Annual administration report of the Civil Veterinary Department of India - 1893-1894
Year: 1893
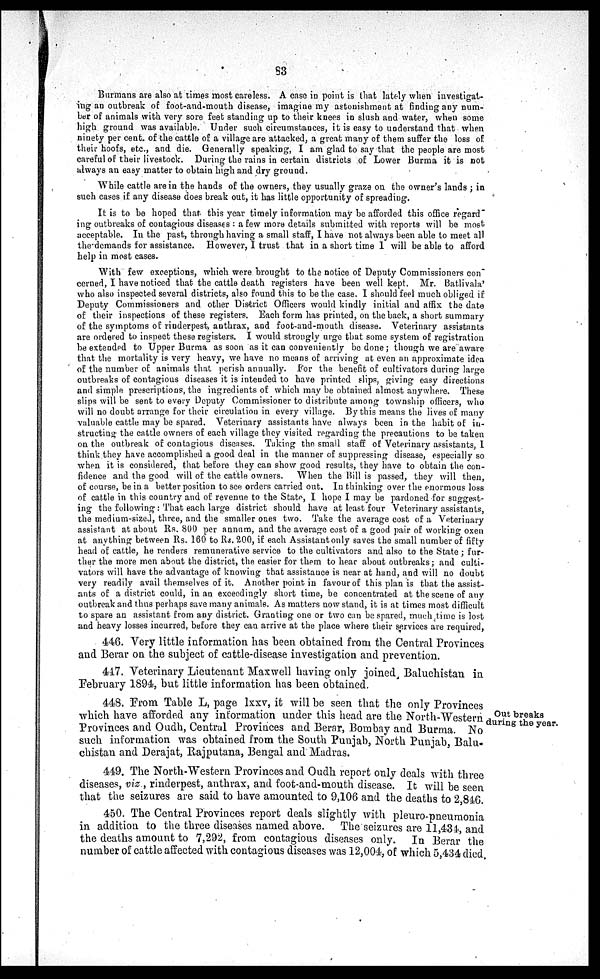
83
Burmans are also at times most careless. A case in point is that lately when investigat-
ing an outbreak of foot-and-mouth disease, imagine my astonishment at finding any num-
ber of animals with very sore feet standing up to their knees in slush and water, when some
high ground was available. Under such circumstances, it is easy to understand that when
ninety per cent. of the cattle of a village are attacked, a great many of them suffer the loss of
their hoofs, etc., and die. Generally speaking, I am glad to say that the people are most
careful of their livestock. During the rains in certain districts of Lower Burma it is not
always an easy matter to obtain high and dry ground.
While cattle are in the hands of the owners, they usually graze on the owner's lands ; in
such cases if any disease does break out, it has little opportunity of spreading.
It is to be hoped that this year timely information may be afforded this office regard
ing outbreaks of contagious diseases : a few more details submitted with reports will be most
acceptable. In the past, through having a small staff, I have not always been able to meet all
the demands for assistance. However, I trust that in a short time I will be able to afford
help in most cases.
With few exceptions, which were brought to the notice of Deputy Commissioners con"
cerned, I have noticed that the cattle death registers have been well kept. Mr. Batlivala'
who also inspected several districts, also found this to be the case. I should feel much obliged if
Deputy Commissioners and other District Officers would kindly initial and affix the date
of their inspections of these registers. Each form has printed, on the back, a short summary
of the symptoms of rinderpest, anthrax, and foot-and-mouth disease. Veterinary assistants
are ordered to inspect these registers. I would strongly urge that some system of registration
be extended to Upper Burma as soon as it can conveniently be done ; though we are aware
that the mortality is very heavy, we have no means of arriving at even an approximate idea
of the number of animals that perish annually. For the benefit of cultivators during large
outbreaks of contagious diseases it is intended to have printed slips, giving easy directions
and simple prescriptions, the ingredients of which may be obtained almost anywhere. These
slips will be sent to every Deputy Commissioner to distribute among township officers, who
will no doubt arrange for their circulation in every village. By this means the lives of many
valuable cattle may be spared. Veterinary assistants have always been in the habit of in-
structing the cattle owners of each village they visited regarding the precautions to be taken
on the outbreak of contagious diseases. Taking the small staff of Veterinary assistants, I
think they have accomplished a good deal in the manner of suppressing disease, especially so
when it is considered, that before they can show good results, they have to obtain the con-
fidence and the good will of the cattle owners. When the Bill is passed, they will then,
of course, be in a better position to see orders carried out. In thinking over the enormous loss
of cattle in this country and of revenue to the State, I hope I may be pardoned for suggest-
ing the following : That each large district should have at least four Veterinary assistants,
the medium-sized, three, and the smaller ones two. Take the average cost of a Veterinary
assistant at about Rs. 800 per annum, and the average cost of a good pair of working oxen
at anything between Rs. 160 to Rs. 200, if each Assistant only saves the small number of fifty
head of cattle, he renders remunerative service to the cultivators and also to the State ; fur-
ther the more men about the district, the easier for them to hear about outbreaks; and culti-
vators will have the advantage of knowing that assistance is near at hand, and will no doubt
very readily avail themselves of it. Another point in favour of this plan is that the assist-
ants of a district could, in an exceedingly short time, be concentrated at the scene of any
outbreak and thus perhaps save many animals. As matters now stand, it is at times most difficult
to spare an assistant from any district. Granting one or two can be spared, much time is lost
and heavy losses incurred, before they can arrive at the place where their services are required,
446. Very little information has been obtained from the Central Provinces
and Berar on the subject of cattle-disease investigation and prevention.
447. Veterinary Lieutenant Maxwell having only joined Baluchistan in
February 1894, but little information has been obtained.
Out breaks
during the year.
448. From Table L, page lxxv, it will be seen that the only Provinces
which have afforded any information under this head are the North-Western
Provinces and Oudh, Central Provinces and Berar, Bombay and Burma. No
such information was obtained from the South Punjab, North Punjab, Balu-
chistan and Derajat, Rajputana, Bengal and Madras.
449. The North-Western Provinces and Oudh report only deals with three
diseases, viz , rinderpest, anthrax, and foot-and-mouth disease. It will be seen
that the seizures are said to have amounted to 9,106 and the deaths to 2,846.
450. The Central Provinces report deals slightly with pleuro-pneumonia
in addition to the three diseases named above. The seizures are 11,434, and
the deaths amount to 7,292, from contagious diseases only. In Berar the
number of cattle affected with contagious diseases was 12,004, of which 5,434 died